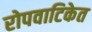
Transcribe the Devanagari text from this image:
रोपवाटिकेत